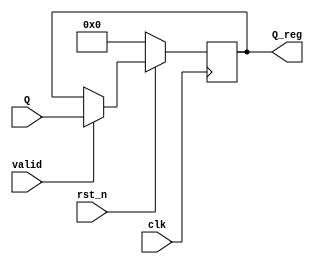
//
module Register #(
parameter QW = 16
)(
input wire rst_n,
input wire clk, //
input wire valid,
input wire [(QW - 1) : 0] Q,
output reg [(QW - 1) : 0] Q_reg
);

always @(posedge clk) begin
    if(rst_n == 0)
        Q_reg <= 'd0;
    else
        if(valid == 1)
            Q_reg <= Q;
        else
            Q_reg <= Q_reg;
end

endmodule